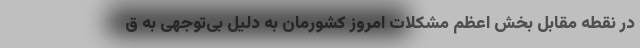
در نقطه مقابل بخش اعظم مشکلات امروز کشورمان به دلیل بی‌توجهی به ق